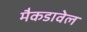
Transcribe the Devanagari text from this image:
मैकडावेल